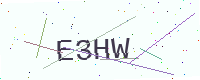
Text: E3HW